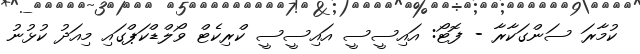
ކުމާރަ ސަންގަކާރާ - ފޮޓޯ: އައިސީސީ އައިސީސީ ކްރިކެޓް ވޯލްޑްކަޕްގައި މިއަދު ކުޅުނު